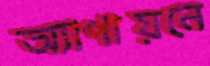
অ্যাপায়নে